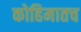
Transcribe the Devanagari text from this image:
कोहिमातच